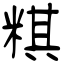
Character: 粸